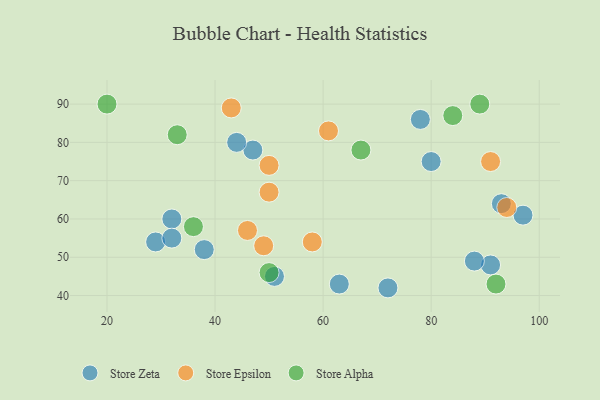
{"axis": {"x": "GDP", "y": "Life Expectancy"}, "legend": ["Store Alpha", "Store Epsilon", "Store Zeta"], "data": [{"x": "78", "y": 86, "type": "Store Zeta"}, {"x": "91", "y": 48, "type": "Store Zeta"}, {"x": "32", "y": 60, "type": "Store Zeta"}, {"x": "47", "y": 78, "type": "Store Zeta"}, {"x": "51", "y": 45, "type": "Store Zeta"}, {"x": "44", "y": 80, "type": "Store Zeta"}, {"x": "29", "y": 54, "type": "Store Zeta"}, {"x": "32", "y": 55, "type": "Store Zeta"}, {"x": "80", "y": 75, "type": "Store Zeta"}, {"x": "38", "y": 52, "type": "Store Zeta"}, {"x": "97", "y": 61, "type": "Store Zeta"}, {"x": "63", "y": 43, "type": "Store Zeta"}, {"x": "93", "y": 64, "type": "Store Zeta"}, {"x": "72", "y": 42, "type": "Store Zeta"}, {"x": "88", "y": 49, "type": "Store Zeta"}, {"x": "94", "y": 63, "type": "Store Epsilon"}, {"x": "46", "y": 57, "type": "Store Epsilon"}, {"x": "49", "y": 53, "type": "Store Epsilon"}, {"x": "58", "y": 54, "type": "Store Epsilon"}, {"x": "43", "y": 89, "type": "Store Epsilon"}, {"x": "50", "y": 74, "type": "Store Epsilon"}, {"x": "61", "y": 83, "type": "Store Epsilon"}, {"x": "91", "y": 75, "type": "Store Epsilon"}, {"x": "50", "y": 67, "type": "Store Epsilon"}, {"x": "92", "y": 43, "type": "Store Alpha"}, {"x": "50", "y": 46, "type": "Store Alpha"}, {"x": "36", "y": 58, "type": "Store Alpha"}, {"x": "20", "y": 90, "type": "Store Alpha"}, {"x": "89", "y": 90, "type": "Store Alpha"}, {"x": "67", "y": 78, "type": "Store Alpha"}, {"x": "84", "y": 87, "type": "Store Alpha"}, {"x": "33", "y": 82, "type": "Store Alpha"}]}